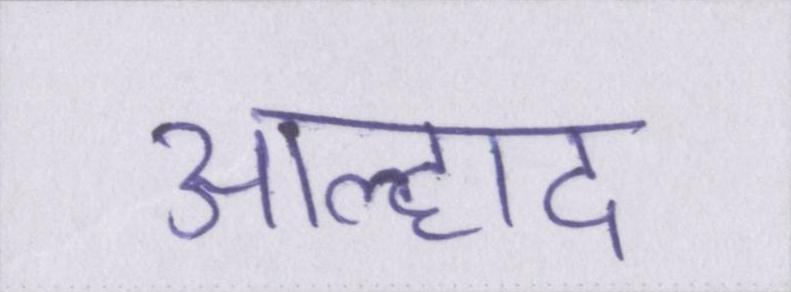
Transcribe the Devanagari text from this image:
आह्लाद